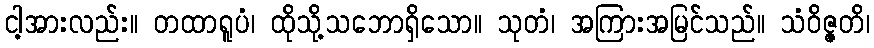
ငါ့အားလည်း။ တထာရူပံ၊ ထိုသို့သဘောရှိသော။ သုတံ၊ အကြားအမြင်သည်။ သံဝိဇ္ဇတိ၊